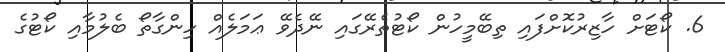
6. ކޯޓަށް ހާޒިރުކޮށްފައި ތިބޭމީހުން ކޯޓުތެރޭގައި ނޭދެވޭ ޢަމަލެއް ހިންގާތޯ ބެލުމާއި ކޯޓުގެ